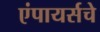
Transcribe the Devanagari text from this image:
एंपायर्सचे